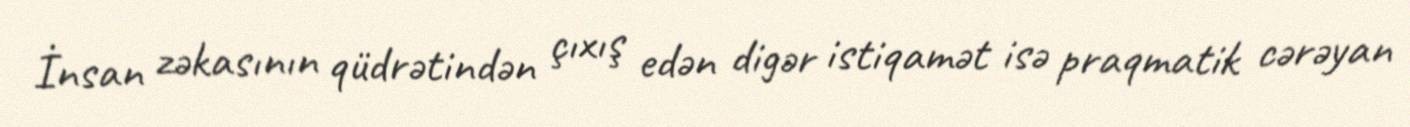
İnsan zəkasının qüdrətindən çıxış edən digər istiqamət isə praqmatik cərəyan